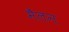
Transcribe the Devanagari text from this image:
मैलन